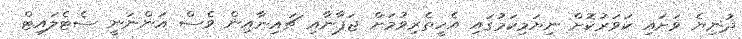
ދުނިޔެ ވަށައި ކަވަރުކޮށް ނިޔަމިކަމުގައި އެހީތެރިވުމަށް ޖަޕާނާއި ޗައިނާއިން ވެސް އަންނަނީ ސެޓެލައިޓް